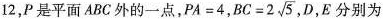
12，P是平面ABC外的一点，$$PA=4$$,$$BC=2 \sqrt{5}$$,D,E分别为